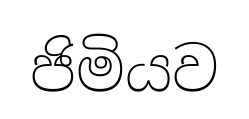
ජිමියව